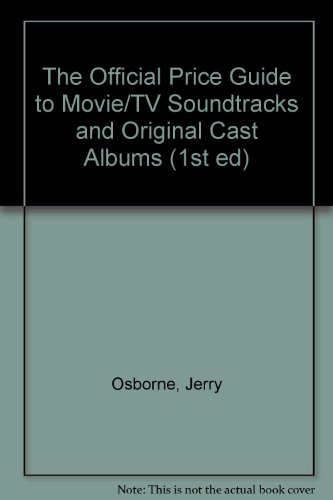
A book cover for Original Movie/TV Soundtracks and Original Cast Albums: First Edition (1st ed); Jerry Osborne; Crafts, Hobbies & Home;